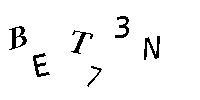
BET73N